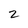
Character: 2